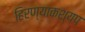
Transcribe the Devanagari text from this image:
हिरण्याकश्यप